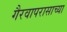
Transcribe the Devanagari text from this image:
गैरवापरासाच्या